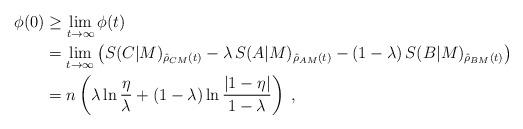
LaTeX: \begin{align*}\phi(0) &\ge \lim_{t\to\infty}\phi(t)\\&= \lim_{t\to\infty}\left(S(C|M)_{\hat{\rho}_{CM}(t)} - \lambda\,S(A|M)_{\hat{\rho}_{AM}(t)} - (1-\lambda)\,S(B|M)_{\hat{\rho}_{BM}(t)}\right)\\&=n\left(\lambda\ln\frac{\eta}{\lambda} + \left(1-\lambda\right)\ln\frac{|1-\eta|}{1-\lambda}\right)\;,\end{align*}